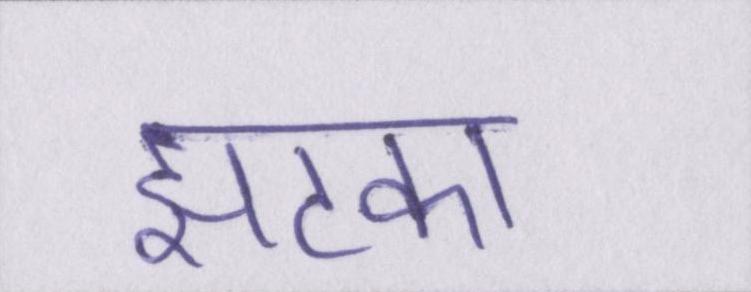
झटका